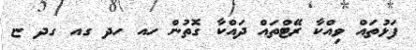
ފަޅުތައް ވިއްކާ ރޭޓްތައް ދައްކާ ގޮތުން ހއ ހދ ގއ ގދ ޏ